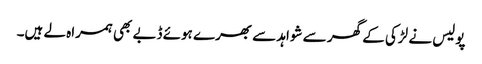
پولیس نے لڑکی کے گھر سے شواہد سے بھرے ہوئے ڈبے بھی ہمراہ لے ہیں۔